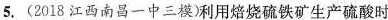
5.(2018江西南昌一中三模)利用焙烧硫铁矿生产硫酸时x